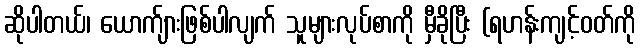
ဆိုပါတယ်၊ ယောက်ျားဖြစ်ပါလျက် သူများလုပ်စာကို မှီခိုပြီး (ရဟန်းကျင့်ဝတ်ကို